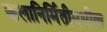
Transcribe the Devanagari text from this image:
कलानिर्मितीमधील